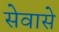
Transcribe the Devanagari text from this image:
सेवासे